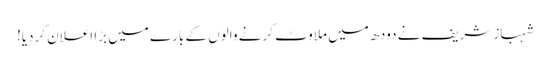
شہباز شریف نے دودھ میں ملاوٹ کرنے والوں کے بارے میں بڑا اعلان کردیا!